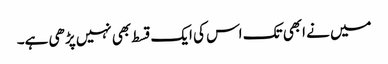
میں نے ابھی تک اس کی ایک قسط بھی نہیں پڑھی ہے۔